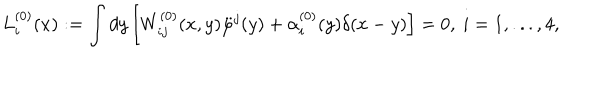
L _ { i } ^ { ( 0 ) } ( x ) : = \int d y \left[ W _ { i j } ^ { ( 0 ) } ( x , y ) \ddot { \varphi } ^ { j } ( y ) + \alpha _ { i } ^ { ( 0 ) } ( y ) \delta ( x - y ) \right] = 0 , \ i = 1 , . . . , 4 ,